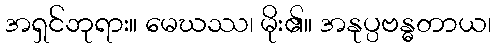
အရှင်ဘုရား။ မေဃဿ၊ မိုး၏။ အနုပ္ပဗန္ဓတာယ၊